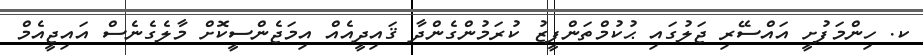
ކ. ހިންމަފުށީ އައްސޭރި ޖަލުގައި ޙުކުމްތަންފީޒު ކުރަމުންގެންދާ ޤައިދީއެއް އިމަޖެންސީކޮށް މާލެގެނެސް އައިޖީއެމް